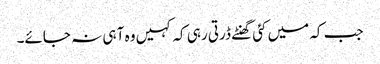
جب کہ میں کئی گھنٹے ڈرتی رہی کہ کہیں وہ آ ہی نہ جائے۔